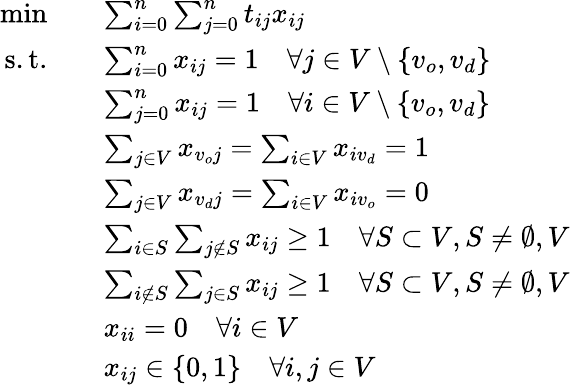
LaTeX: \begin{array}{rl}{\operatorname*{min}\quad}&{\sum_{i=0}^{n}\sum_{j=0}^{n}t_{ij}x_{ij}}\\ {\mathrm{s.t.}\quad}&{\sum_{i=0}^{n}x_{ij}=1\quad\forall j\in V\setminus\{ v_{o},v_{d}\} }\\ &{\sum_{j=0}^{n}x_{ij}=1\quad\forall i\in V\setminus\{ v_{o},v_{d}\} }\\ &{\sum_{j\in V}x_{v_{o}j}=\sum_{i\in V}x_{iv_{d}}=1}\\ &{\sum_{j\in V}x_{v_{d}j}=\sum_{i\in V}x_{iv_{o}}=0}\\ &{\sum_{i\in S}\sum_{j\notin S}x_{ij}\geq 1\quad\forall S\subset V,S\neq\emptyset,V}\\ &{\sum_{i\notin S}\sum_{j\in S}x_{ij}\geq 1\quad\forall S\subset V,S\neq\emptyset,V}\\ &{x_{ii}=0\quad\forall i\in V}\\ &{x_{ij}\in\{ 0,1\} \quad\forall i,j\in V}\end{array}